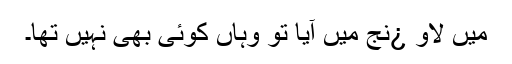
میں لاو ¿نج میں آیا تو وہاں کوئی بھی نہیں تھا۔